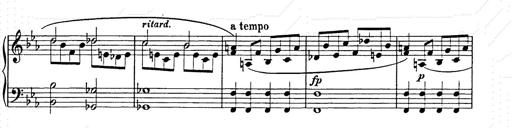
Title: Allegro di bravura
Composer: Carl Maria von Weber
Key: D major